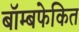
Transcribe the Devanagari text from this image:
बॉम्बफेकित